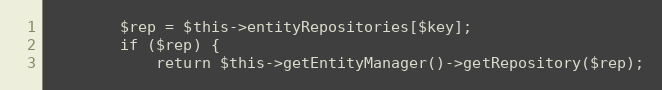
Language: PHP
        $rep = $this->entityRepositories[$key];
        if ($rep) {
            return $this->getEntityManager()->getRepository($rep);